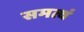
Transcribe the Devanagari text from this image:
समत्वं